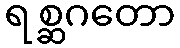
ရစ္ဆဂတော